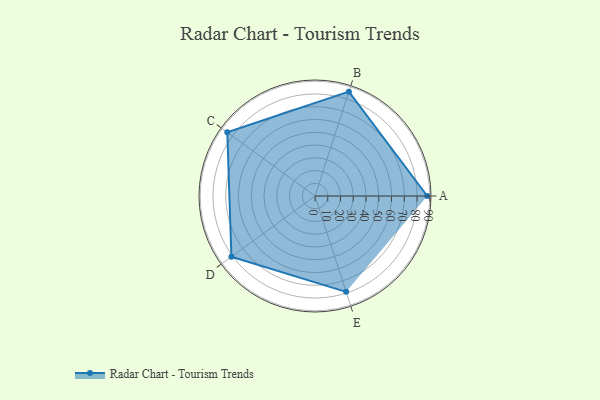
{"axis": {"x": "Skill", "y": "Score"}, "legend": ["Profile"], "data": [{"x": "A", "y": 88.0, "type": "Profile"}, {"x": "B", "y": 86.0, "type": "Profile"}, {"x": "C", "y": 85.0, "type": "Profile"}, {"x": "D", "y": 81.0, "type": "Profile"}, {"x": "E", "y": 79.0, "type": "Profile"}]}